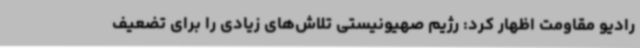
رادیو مقاومت اظهار کرد: رژیم صهیونیستی تلاش‌های زیادی را برای تضعیف